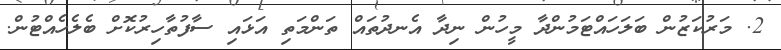
2. މަރުކަޒުން ބަލަހައްޓަމުންދާ މީހުން ނިދާ އެނދުތައް ތަންމަތި އަޅައި ސާފުތާހިރުކޮށް ބެލެހެއްޓުން.